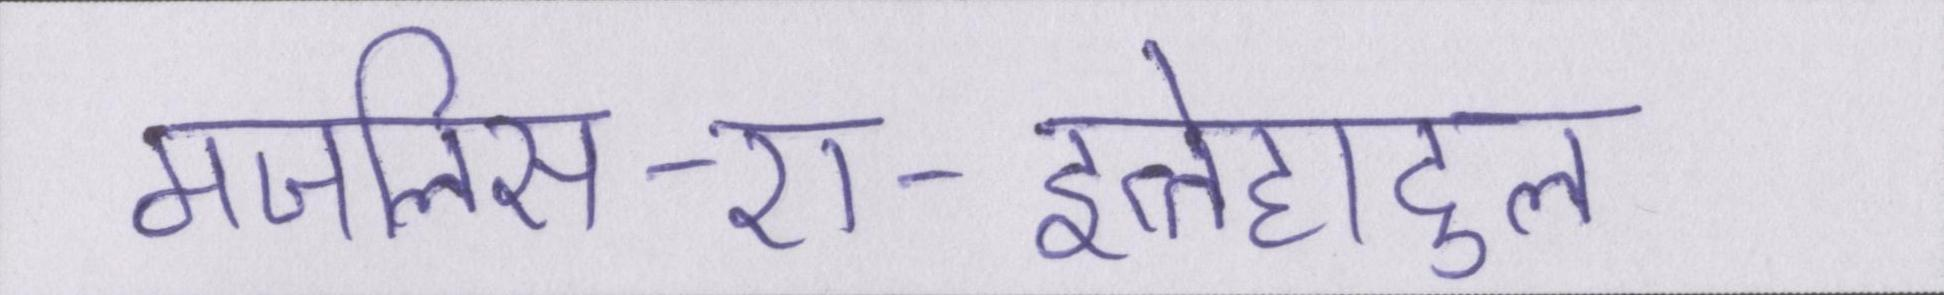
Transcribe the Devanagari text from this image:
मजलिस-ए-इत्तेहादुल